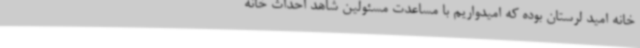
خانه امید لرستان بوده که امیدواریم با مساعدت مسئولین شاهد احداث خانه